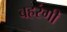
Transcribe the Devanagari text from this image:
बहरंगी